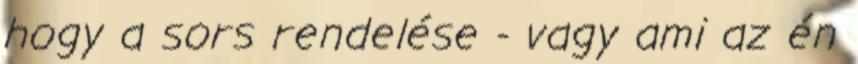
hogy a sors rendelése - vagy ami az én